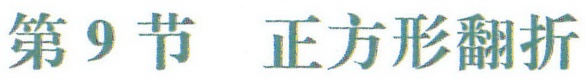
第9节 正方形翻折